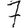
Digit: 7